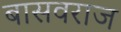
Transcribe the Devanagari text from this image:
बासवराज